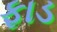
ફાડ